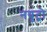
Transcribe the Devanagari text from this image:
नयूट्रो